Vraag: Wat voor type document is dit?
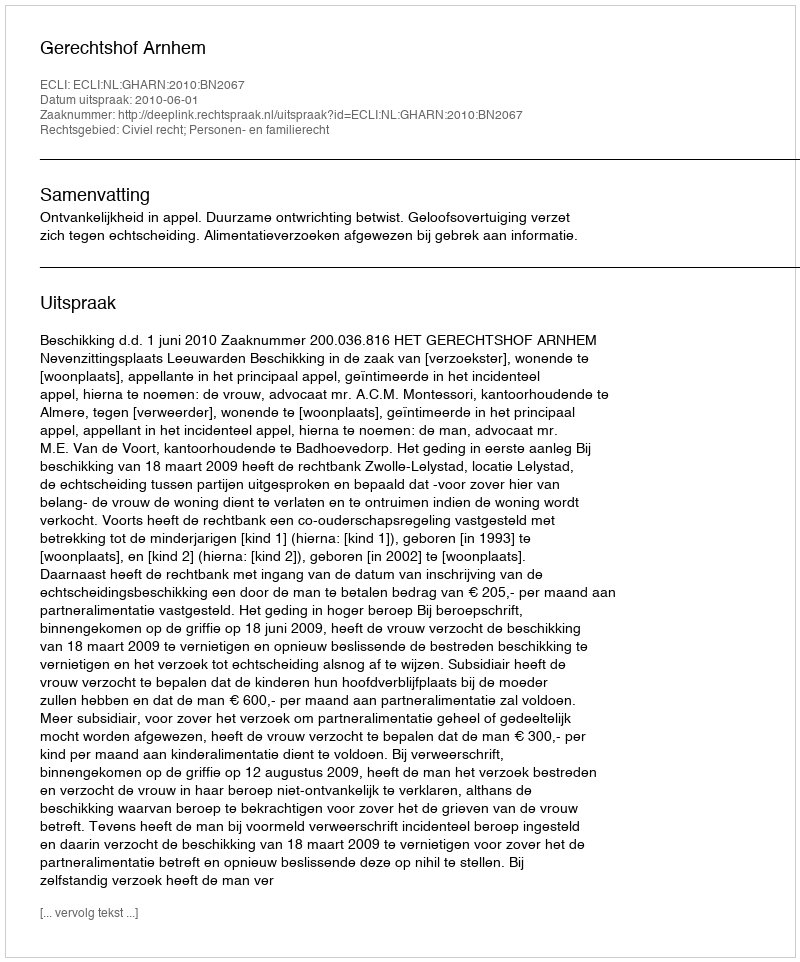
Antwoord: Uitspraak